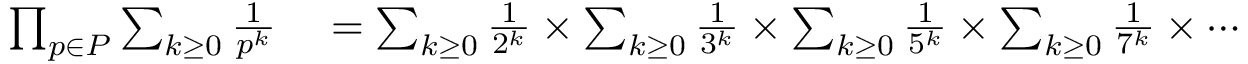
\begin{array} { r l } { \prod _ { p \in P } \sum _ { k \geq 0 } { \frac { 1 } { p ^ { k } } } } & { { } = \sum _ { k \geq 0 } { \frac { 1 } { 2 ^ { k } } } \times \sum _ { k \geq 0 } { \frac { 1 } { 3 ^ { k } } } \times \sum _ { k \geq 0 } { \frac { 1 } { 5 ^ { k } } } \times \sum _ { k \geq 0 } { \frac { 1 } { 7 ^ { k } } } \times \cdots } \end{array}